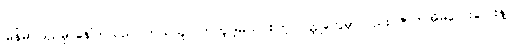
မြန်မာပြည်မှာနေကြသည်၊ ဘယ်သူ လာကူပါ့မယ် စတဲ့ ဝတ္ထုတွေမှာလည်း ဇာတ်အိမ်လေးလေးနဲ့